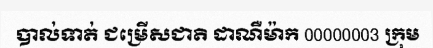
បាល់ទាត់ ជម្រើសជាតិ ដាណឺម៉ាក 00000003 ក្រុម